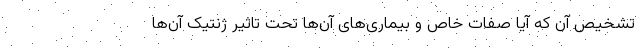
تشخیص آن که آیا صفات خاص و بیماری‌های آن‌ها تحت تاثیر ژنتیک آن‌ها